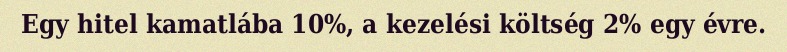
Egy hitel kamatlába 10%, a kezelési költség 2% egy évre.